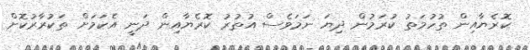
ކޮރެޔާއިން ތުހުމަތު ކުރަމުން ދިޔަ ނަމަވެސް އުތުރު ކޮރެޔާއިން ދަނީ އެކަމަށް ތަކުރާރުކޮށް